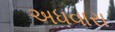
અધવારા